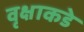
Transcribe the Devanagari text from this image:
वृक्षाकडे